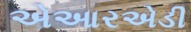
એઆરએડી